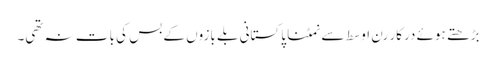
بڑھتے ہوئے درکار رن اوسط سے نمٹنا پاکستانی بلے بازوں کے بس کی بات نہ تھی۔